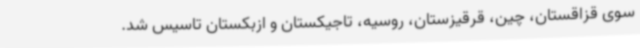
سوی قزاقستان، چین، قرقیزستان، روسیه، تاجیکستان و ازبکستان تاسیس شد.